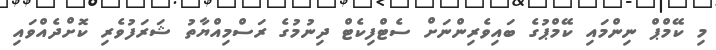
މި ކޭމްޕް ނިންމައި ކޭމްޕުގެ ބައިވެރިންނަށް ސެޓްފިކެޓް ދިނުމުގެ ރަސްމިއްޔާތު ޝަރަފުވެރި ކޮށްދެއްވައި